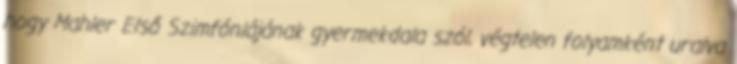
hogy Mahler Első Szimfóniájának gyermekdala szól, végtelen folyamként uralva